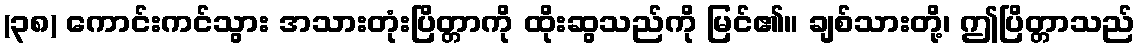
(၃၈) ကောင်းကင်သွား အသားတုံးပြိတ္တာကို ထိုးဆွသည်ကို မြင်၏။ ချစ်သားတို့၊ ဤပြိတ္တာသည်